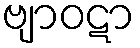
ဗျာဝဋာ